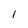
Character: l